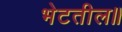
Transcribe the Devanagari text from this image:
भेटतील॥